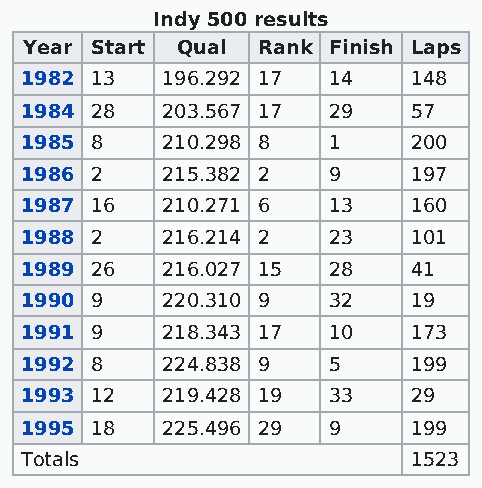
Indy 500 results
 Year Start Qual Rank Finish Laps
 1982 13   196.292 17 14   148
 1984 28   203.567 17 29   57
 1985 8    210.298 8  1    200
 1986 2    215.382 2  9    197
 1987 16   210.271 6  13   160
 1988 2    216.214 2  23   101
 1989 26   216.027 15 28   41
 1990 9    220.310 9  32   19
 1991 9    218.343 17 10   173
 1992 8    224.838 9  5    199
 1993 12   219.428 19 33   29
 1995 18   225.496 29 9    199
 Totals                    1523